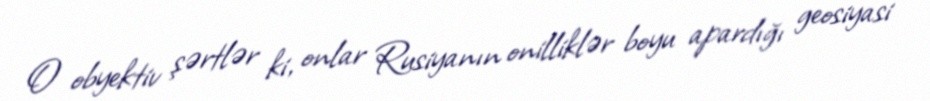
O obyektiv şərtlər ki, onlar Rusiyanın onilliklər boyu apardığı geosiyasi